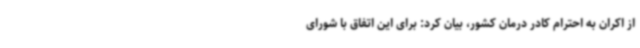
از اکران به احترام کادر درمان کشور، بیان کرد: برای این اتفاق با شورای